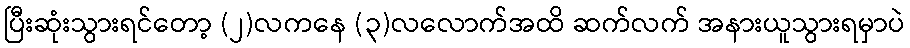
ပြီးဆုံးသွားရင်တော့ (၂)လကနေ (၃)လလောက်အထိ ဆက်လက် အနားယူသွားရမှာပဲ